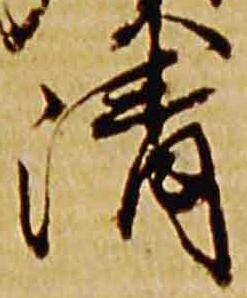
清